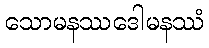
သောမနဿဒေါမနဿံ